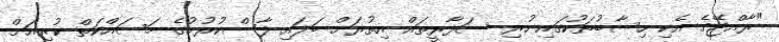
"ރާއްޖޭގެ އެކި ހިސާބުތަކުގައި ހުރި ސަފާރީތައް އިތުރަށް ބަލައި ފާސްކުރުމުގެ މަސައްކަތް ކުރިއަށް